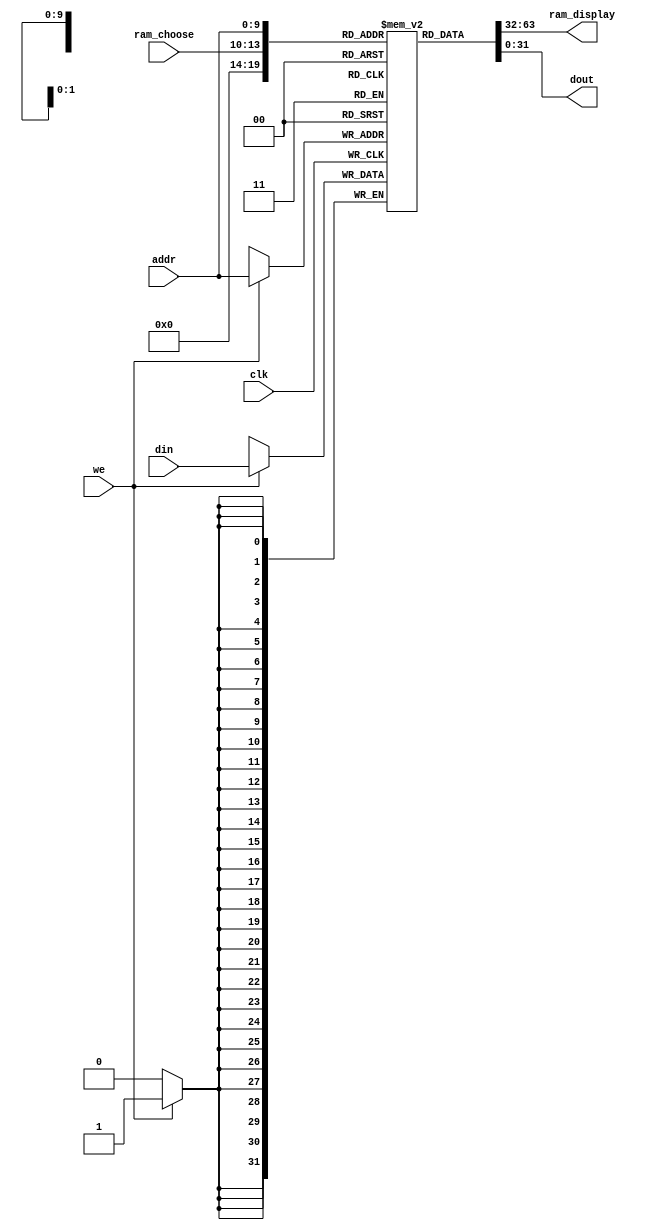
`timescale 1ns / 1ps
//////////////////////////////////////////////////////////////////////////////////
// Company: 
// Engineer: 
// 
// Design Name: 
// Module Name: RAM
// Project Name: 
// Target Devices: 
// Tool Versions: 
// Description: 
// 
// Dependencies: 
// 
// Revision:
// Revision 0.01 - File Created
// Additional Comments:
// 
//////////////////////////////////////////////////////////////////////////////////


module RAM(clk,we,din,addr,ram_choose,ram_display,dout);

    parameter   DWIDTH = 32; //
    parameter   AWIDTH = 10; //

    input clk,we;
    input [DWIDTH-1:0] din;
    input [AWIDTH-1:0] addr;
    input [3:0] ram_choose;
    output [DWIDTH-1:0] ram_display; 
    output [DWIDTH-1:0] dout; 

    reg [DWIDTH-1:0] RAM_[0:2**AWIDTH-1];
    integer k;
    
    initial
    begin
        for (k = 0; k < 2**AWIDTH; k=k+1)
        begin
            RAM_[k] = 0;
        end
    end

    always @ (posedge clk)
    begin
        if(we) 
            RAM_[addr] <= din;
    end
    assign ram_display = RAM_[ram_choose]; 
    assign dout = RAM_[addr];
endmodule